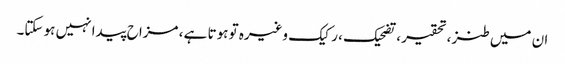
ان میں طنز ، تحقیر ، تضحیک ، رکیک وغیرہ تو ہوتا ہے ، مزاح پیدا نہیں ہو سکتا۔